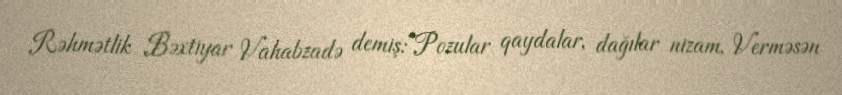
Rəhmətlik Bəxtiyar Vahabzadə demiş:“Pozular qaydalar, dağılar nizam, Verməsən